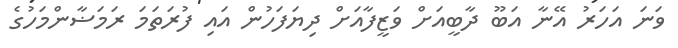
ވަނަ އަހަރު އޭނާ އަބޫ ދާބީއަށް ވަޒީފާއަށް ދިޔަފަހުން އައި ފުރަތަމަ ރަމަޟާންމަހުގެ